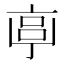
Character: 𠅠